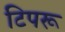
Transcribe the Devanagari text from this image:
टिपरू